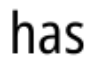
has